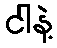
ငါနဲ့